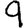
Digit: 9